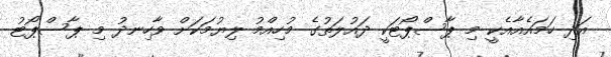
އަދި ހަމައެއާއެކީ މި ޕާސްޕޯޓަކީ ދައުލަތުގެ މުހިއްމު ލިޔުމަކަށް ވާހިނދު މި ޕާސްޕޯޓު